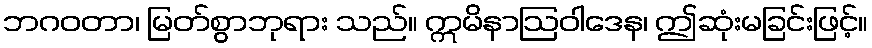
ဘဂဝတာ၊ မြတ်စွာဘုရား သည်။ ဣမိနာဩဝါဒေန၊ ဤဆုံးမခြင်းဖြင့်။